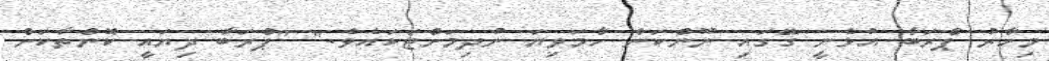
މިހާރު ޕްރަބާ އުޅެނީ ގޭގައި ނޫންކަން ހާމަވިޔަ ނުދިމަށްޓަކައެވެ." "ޕްރަބާ ދިޔައީ ކޮންތާކަށް